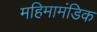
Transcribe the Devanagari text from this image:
महिमामंडिक